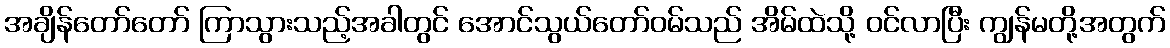
အချိန်တော်တော် ကြာသွားသည့်အခါတွင် အောင်သွယ်တော်ဝမ်သည် အိမ်ထဲသို့ ဝင်လာပြီး ကျွန်မတို့အတွက်